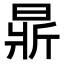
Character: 𣈈